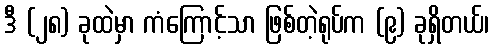
ဒီ (၂၈) ခုထဲမှာ ကံကြောင့်သာ ဖြစ်တဲ့ရုပ်က (၉) ခုရှိတယ်၊